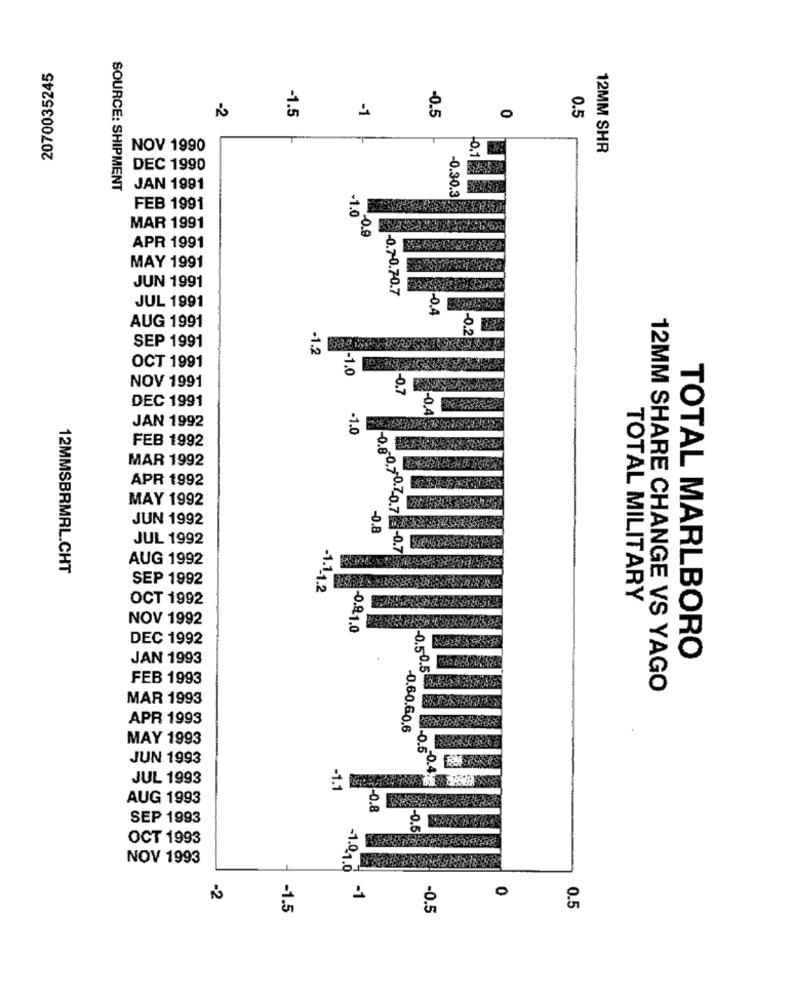
2070035245
-2
-1.5
-1
-0.5
0
0.5
NOV 1990
12MM SHR
DEC 1990
SOURCE: SHIPMENT
JAN 1991
-0.30.3
FEB 1991
MAR 1991
-1.00.g
APR 1991
MAY 1991
JUN 1991
-0.7-0.70.7
JUL 1991
8-0,4
AUG 1991
-0.2
SEP 1991
-1.2
OCT 1991
NOV 1991
DEC 1991
JAN 1992
FEB 1992
MAR 1992
APR 1992
MAY 1992
JUN 1992
JUL 1992
-0.00.70-7-0.7 -0.7
AUG 1992
12MMSBRMRL.CHT
SEP 1992
-1.1.1.2
OCT 1992
TOTAL MILITARY
NOV 1992
-0.9.1.0
DEC 1992
JAN 1993
TOTAL MARLBORO
FEB 1993
12MM SHARE CHANGE VS YAGO
MAR 1993
APR 1993
MAY 1993
JUN 1993
JUL 1993
-1.1
AUG 1993
SEP 1993
OCT 1993
NOV 1993
-1.01.0
0
-2
4
-1.5
-0.5
0.5